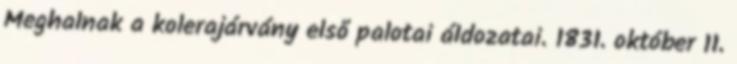
Meghalnak a kolerajárvány első palotai áldozatai. 1831. október 11.